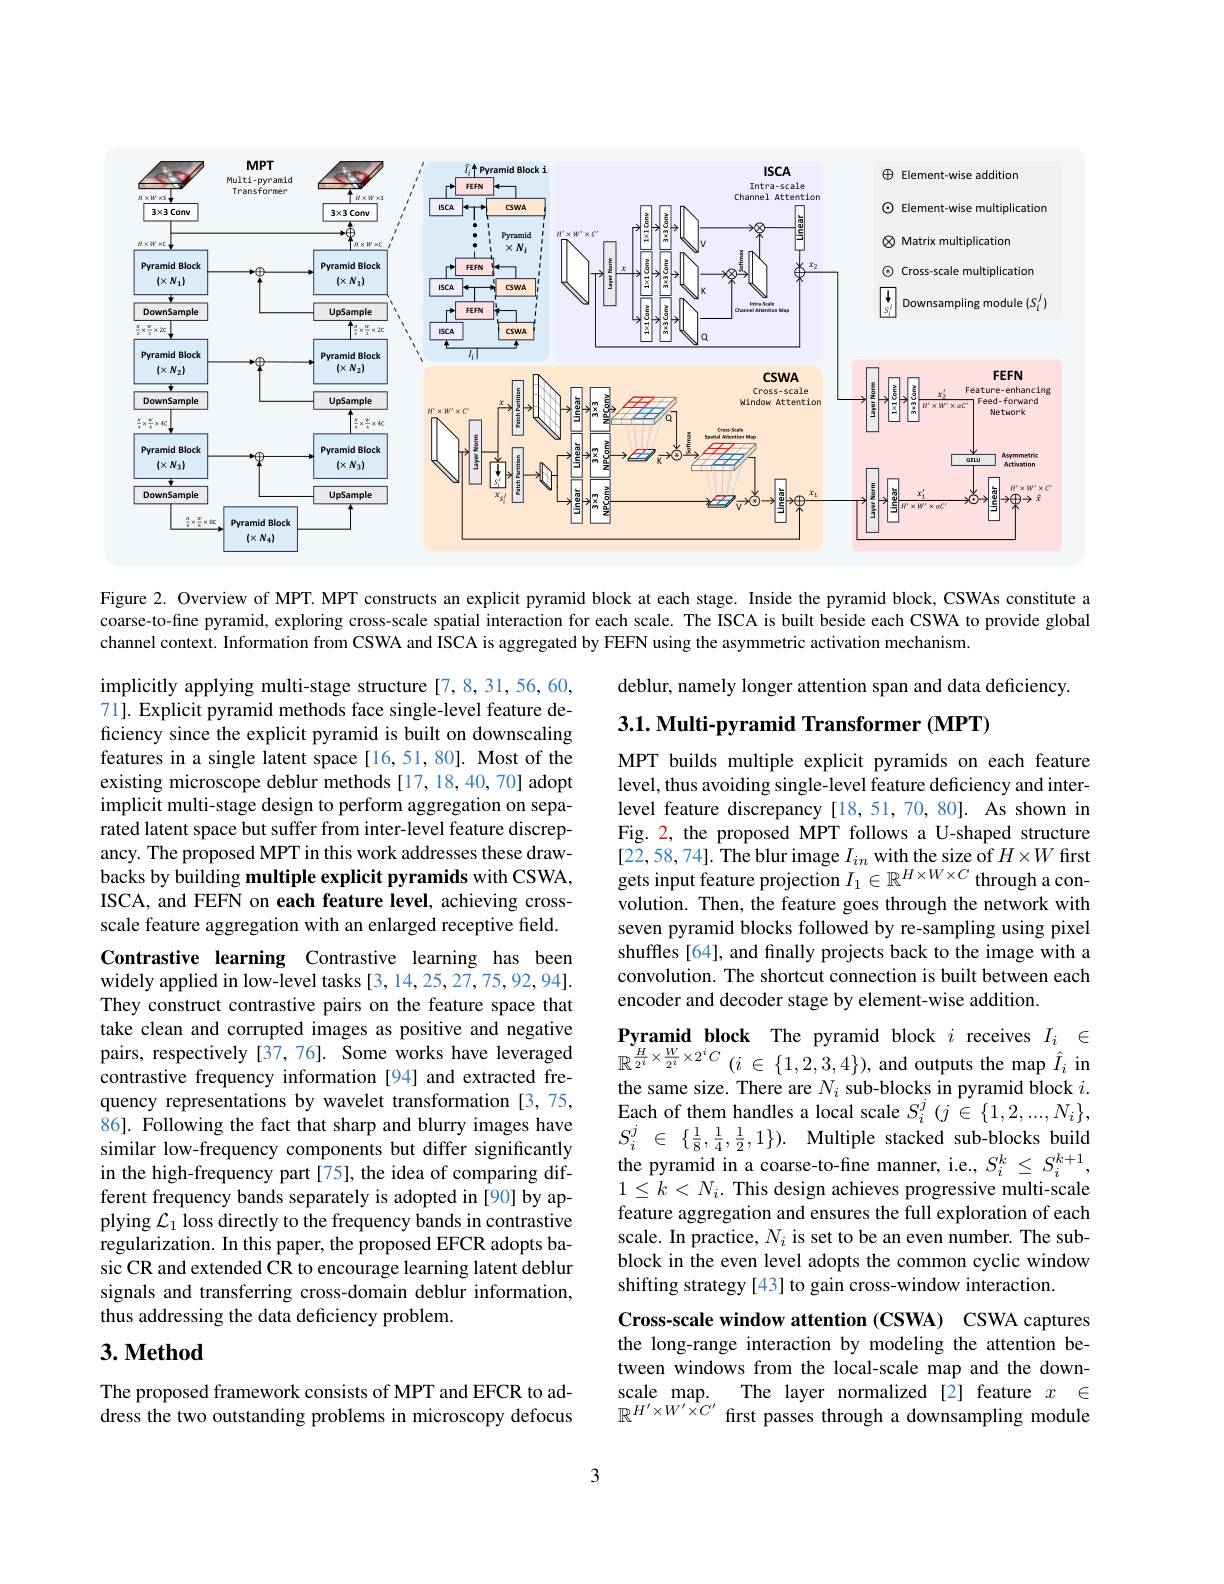
<FigureHere>

$(S_{i}^{j})$

Figure 2. Overview of MPT. MPT constructs an explicit pyramid block at each stage. Inside the pyramid block, CSWAs constitute a coarse-to-fine pyramid, exploring cross-scale spatial interaction for each scale. The ISCA is built beside each CSWA to provide global channel context. Information from CSWA and ISCA is aggregated by FEFN using the asymmetric activation mechanism.

deblur, namely longer attention span and data deficiency.

3.1. Multi-pyramid Transformer (MPT)

implicitly applying multi-stage structure [7,8,31,56,60, 71]. Explicit pyramid methods face single-level feature deficiency since the explicit pyramid is built on downscaling features in a single latent space [16,51,80]. Most of the existing microscope deblur methods [17,18,40,70] adopt implicit multi-stage design to perform aggregation on separated latent space but suffer from inter-level feature discrepancy. The proposed MPT in this work addresses these drawbacks by building multiple explicit pyramids with CSWA, ISCA, and FEFN on each feature level, achieving crossscale feature aggregation with an enlarged receptive field.

MPT builds multiple explicit pyramids on each feature level, thus avoiding single-level feature deficiency and interlevel feature discrepancy [18,51,70,80]. As shown in Fig. 2, the proposed MPT follows a U-shaped structure [22,58,74].The blur image $I_in$ with the size of $H\times W$ firstgets input feature projection $I_1\in\mathbb{R}^{H\times W\times C}$ through a convolution. Then, the feature goes through the network with seven pyramid blocks followed by re-sampling using pixel shuffles [64], and finally projects back to the image with a convolution. The shortcut connection is built between each encoder and decoder stage by element-wise addition.

Contrastive learning Contrastive learning has been widely applied in low-level tasks [3,14,25,27,75,92,94]. They construct contrastive pairs on the feature space that take clean and corrupted images as positive and negative pairs, respectively [37,76]. Some works have leveraged contrastive frequency information [94] and extracted frequency representations by wavelet transformation [3,75, 86]. Following the fact that sharp and blurry images have similar low-frequency components but differ significantly in the high-frequency part[75], the idea of comparing different frequency bands separately is adopted in [90] by applying $\mathcal{L}_1$ loss directly to the frequency bands in contrastive regularization. In this paper, the proposed EFCR adopts basic CR and extended CR to encourage learning latent deblur signals and transferring cross-domain deblur information, thus addressing the data deficiency problem.

Pyramid block The pyramid block $i$ receives $I_i\in$ $\mathbb{R}^{\frac H{2^i}\times\frac W{2^i}\times2^iC}(i\in\{1,2,3,4\})$,and outputs the map$\hat{I}_i$ in the same size. There are $N_i$ sub-blocks in pyramid block $i.$ Each of them handles a local scale $S_i^j(j\in\{1,2,...,N_i\}$, $S_i^j$ $\in$ $\{ \frac 18, \frac 14, \frac 12, 1\} ) .$ Multiple stacked sub-blocks build the pyramid in a coarse-to-fine manner, i.e., $S_i^k\leq S_i^{k+1}$, $1\leq k<N_i.$ This design achieves progressive multi-scale feature aggregation and ensures the full exploration of each scale. In practice, $N_i$ is set to be an even number. The subblock in the even level adopts the common cyclic window shifting strategy [43] to gain cross-window interaction.

## $3. \textbf{Method}$

Cross-scale window attention (CSWA) CSWA captures the long-range interaction by modeling the attention between windows from the local-scale map and the downscale map.
The layer normalized [2] feature $x$ $\in$
$\mathbb{R}^{H^{\prime}\times W^{\prime}\hat{\times}C^{\prime}}$ first passes through a downsampling module

The proposed framework consists of MPT and EFCR to address the two outstanding problems in microscopy defocus

3